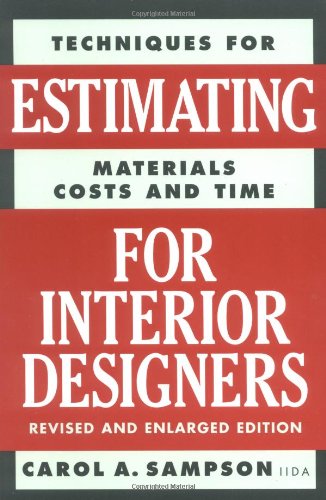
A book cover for Estimating for Interior Designers; Carol Sampson; Arts & Photography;